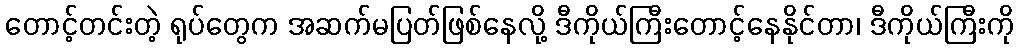
တောင့်တင်းတဲ့ ရုပ်တွေက အဆက်မပြတ်ဖြစ်နေလို့ ဒီကိုယ်ကြီးတောင့်နေနိုင်တာ၊ ဒီကိုယ်ကြီးကို